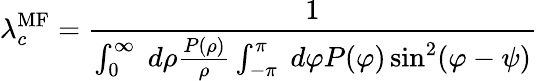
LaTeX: \lambda_{c}^{\mathrm{MF}}=\frac{1}{\int_{0}^{\infty}\; d\rho\frac{P(\rho)}{\rho}\int_{-\pi}^{\pi}\; d\varphi P(\varphi)\sin^{2}(\varphi-\psi)}